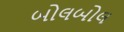
બોલબોલ